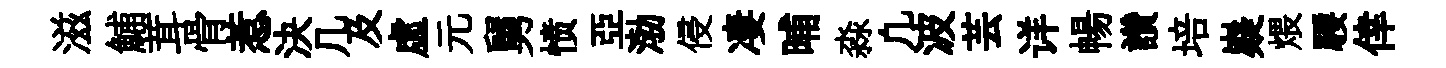
滋鯆茸骨惹決几及虚元舅愤亞渤侵凄晡淼凢波芸详暢讚培嶷煨騕倖